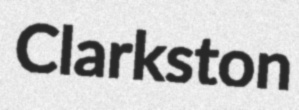
Clarkston